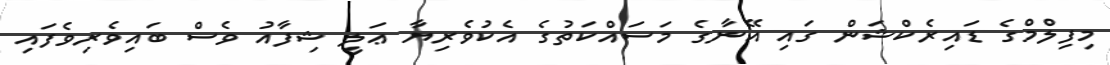
މިފިލްމްގެ ޑައިރެކްޝަން ގައި އޭނާގެ މަސައްކަތުގެ އެކުވެރިޔާ ޢަލީ ޝިފާއު ވެސް ބައިވެރިވެފައި